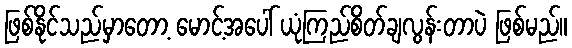
ဖြစ်နိုင်သည်မှာတော့ မောင့်အပေါ် ယုံကြည်စိတ်ချလွန်းတာပဲ ဖြစ်မည်။